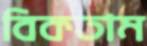
বিকতাম